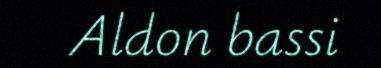
Aldon bassi